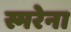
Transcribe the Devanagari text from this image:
स्मरेना